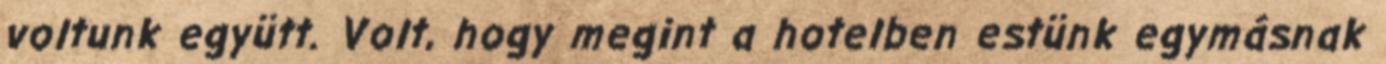
voltunk együtt. Volt, hogy megint a hotelben estünk egymásnak